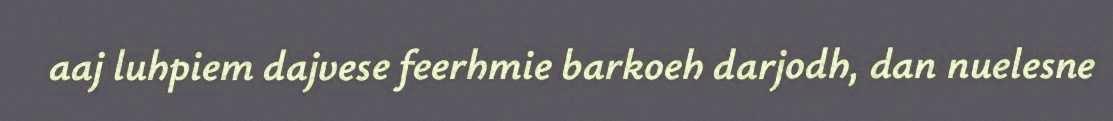
aaj luhpiem dajvese feerhmie barkoeh darjodh, dan nuelesne